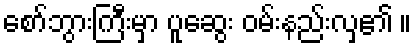
စော်ဘွားကြီးမှာ ပူဆွေး ဝမ်းနည်းလှ၏ ။